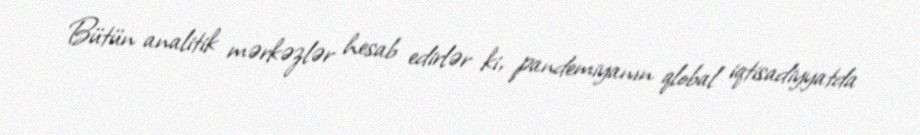
Bütün analitik mərkəzlər hesab edirlər ki, pandemiyanın qlobal iqtisadiyyatda